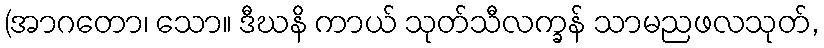
(အာဂတော၊ သော။ ဒီဃနိ ကာယ် သုတ်သီလက္ခန် သာမညဖလသုတ်,